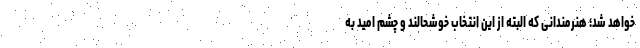
خواهد شد؛ هنرمندانی که البته از این انتخاب خوشحالند و چشم امید به